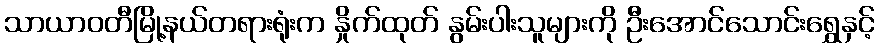
သာယာဝတီမြို့နယ်တရားရုံးက နှိုက်ထုတ် နွမ်းပါးသူများကို ဦးအောင်သောင်းရွှေနှင့်